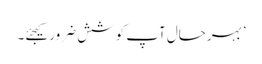
’بہرحال آپ کوشش ضرور کیجئے۔